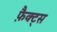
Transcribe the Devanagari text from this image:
फ़ैक्ट्स